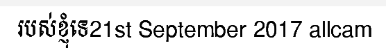
របស់ខ្ញុំទេ21st September 2017 allcam